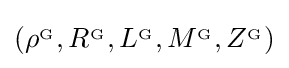
\left(\rho ^{_{\mathrm {G} }},R^{_{\mathrm {G} }},L^{_{\mathrm {G} }},M^{_{\mathrm {G} }},Z^{_{\mathrm {G} }}\right)